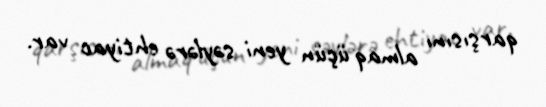
qarşısını almaq üçün yeni səylərə ehtiyac var.